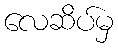
လေဆိပ်မှ